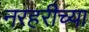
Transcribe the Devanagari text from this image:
नरहरीच्या